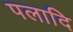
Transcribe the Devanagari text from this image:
पलादि